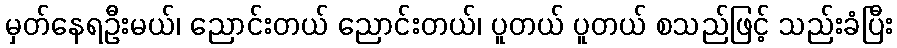
မှတ်နေရဦးမယ်၊ ညောင်းတယ် ညောင်းတယ်၊ ပူတယ် ပူတယ် စသည်ဖြင့် သည်းခံပြီး